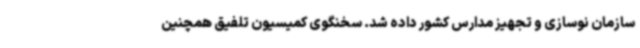
سازمان نوسازی و تجهیز مدارس کشور داده شد. سخنگوی کمیسیون تلفیق همچنین